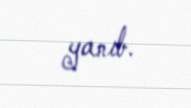
yanıb.